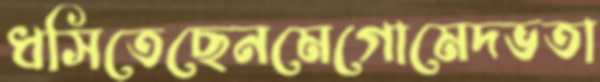
ধসিতেছেনমেগোমেদভতা